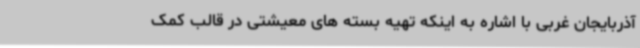
آذربایجان غربی با اشاره به اینکه تهیه بسته های معیشتی در قالب کمک